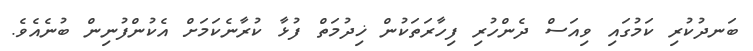
ބަނދުކުރި ކަމުގައި ވިއަސް ދެންހުރި ފިހާރަތަކުން ޚިދުމަތް ފުޅާ ކުރާނެކަމަށް އެކުންފުނިން ބުނެއެވެ.